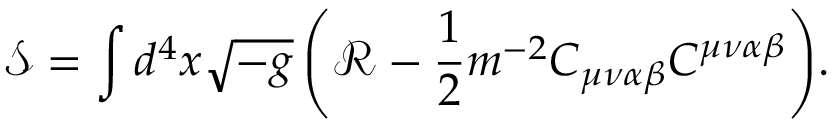
\mathcal { S } = \int { d ^ { 4 } x \sqrt { - g } \left( \mathcal { R } - \frac { 1 } { 2 } m ^ { - 2 } C _ { \mu \nu \alpha \beta } C ^ { \mu \nu \alpha \beta } \right) } .